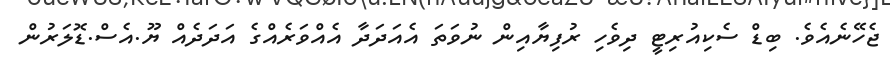
ޖެހޭނެއެވެ. ބިޑް ސެކިއުރިޓީ ދިވެހި ރުފިޔާއިން ނުވަތަ އެއަދަދާ އެއްވަރެއްގެ އަދަދެއް ޔޫ.އެސް.ޑޮލަރުން